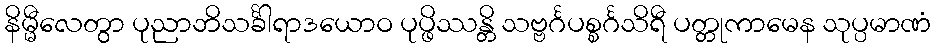
နိမ္မီလေတွာ ပုညာဘိသင်္ခါရာဒယောဝ ပုပ္ဖိဿန္တိ သဗ္ဗင်္ဂပစ္စင်္ဂသိရီ ပတ္တုကာမေန သုပ္ပမာဏံ